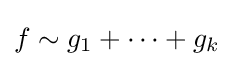
f\sim g_{1}+\cdots +g_{k}